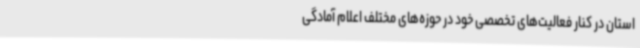
استان در کنار فعالیت‌های تخصصی خود در حوزه‌های مختلف اعلام آمادگی